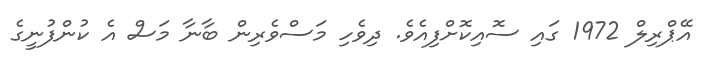
އޭޕްރިލް 1972 ގައި ސޮއިކޮށްފިއެވެ. ދިވެހި މަސްވެރިން ބާނާ މަސް އެ ކުންފުނީގެ